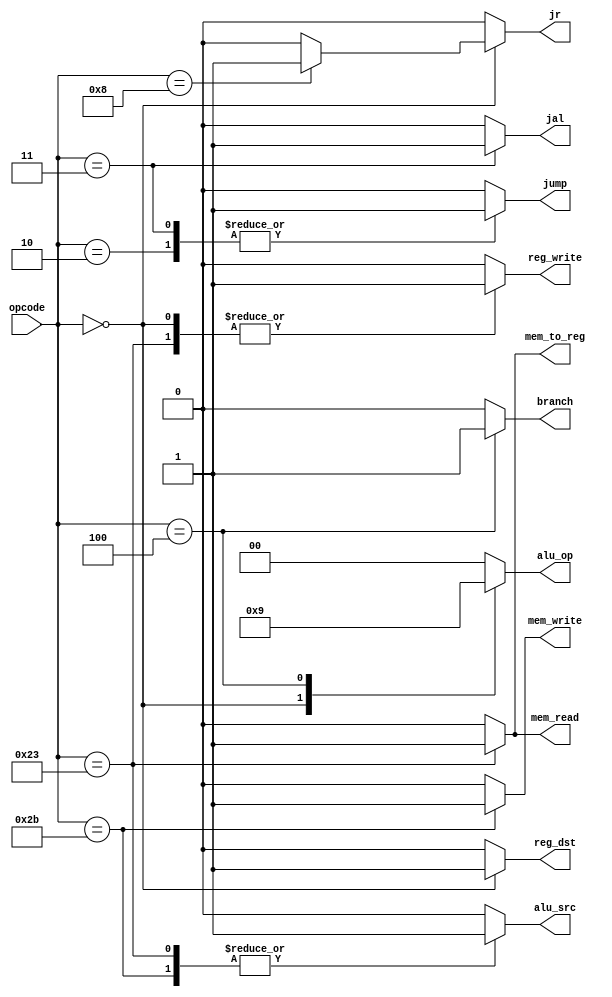
module ControlUnit (
    input [5:0] opcode,
    output reg [1:0] alu_op,
    output reg reg_dst,
    output reg alu_src,
    output reg mem_read,
    output reg mem_write,
    output reg mem_to_reg,
    output reg reg_write,
    output reg branch,
    output reg jump,
    output reg jal,
    output reg jr
);

    always @(*) begin
        // Definir valores padro
        alu_op = 2'b00;
        reg_dst = 0;
        alu_src = 0;
        mem_read = 0;
        mem_write = 0;
        mem_to_reg = 0;
        reg_write = 0;
        branch = 0;
        jump = 0;
        jal = 0;
        jr = 0;

        case (opcode)
            6'b000000: begin // R-type
                alu_op = 2'b10;
                reg_dst = 1;
                reg_write = 1;
                if (opcode == 6'b001000) jr = 1; // jr instruction
            end
            6'b100011: begin // LW
                alu_op = 2'b00;
                alu_src = 1;
                mem_read = 1;
                mem_to_reg = 1;
                reg_write = 1;
            end
            6'b101011: begin // SW
                alu_op = 2'b00;
                alu_src = 1;
                mem_write = 1;
            end
            6'b000100: begin // BEQ
                alu_op = 2'b01;
                branch = 1;
            end
            6'b000010: begin // JUMP
                jump = 1;
            end
            6'b000011: begin // JAL
                jump = 1;
                jal = 1;
            end
        endcase
    end

endmodule